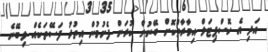
އަދި އެ ހޮސްޕިޓަލް އިމާރާތްކޮށް ބޭނުން ކުރަން ފެށުމުން އިތުރު ފަސޭތަކެއް ލިބޭނެ